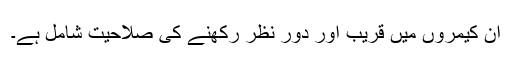
ان کیمروں میں قریب اور دور نظر رکھنے کی صلاحیت شامل ہے۔